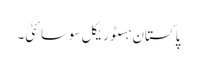
پاکستان ہسٹوریکل سوسائٹی۔